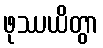
ဖုဿယိတွာ